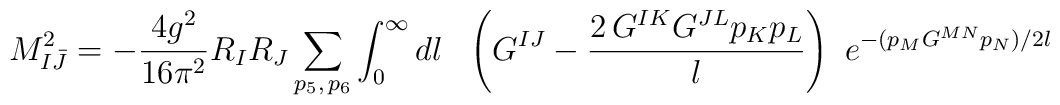
M^2_{I{\bar J}}= -\frac {4 g^2}{16 \pi^2}  R_{I}R_{J} \sum_{p_5,\, p_6} \int_0^\infty dl \, \, \, \,\left(G^{IJ}-  \frac{2\, G^{IK} G^{JL} {p}_K {p}_L}{l}\right)\, \,  e^{-( p_M  G^{MN}p_N )/2l}